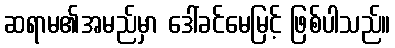
ဆရာမ၏အမည်မှာ ဒေါ်ခင်မေမြင့် ဖြစ်ပါသည်။